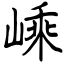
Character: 嵊